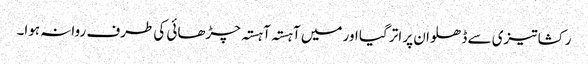
رکشا تیزی سے ڈھلوان پر اتر گیا اور میں آہستہ آہستہ چڑھائی کی طرف روانہ ہوا۔